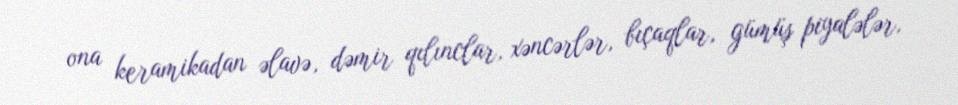
ona keramikadan əlavə, dəmir qılınclar, xəncərlər, bıçaqlar, gümüş piyalələr,